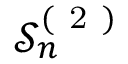
\mathcal { S } _ { n } ^ { ( \mathrm { ~ 2 ~ } ) }